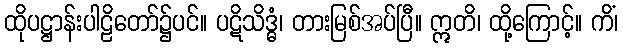
ထိုပဋ္ဌာန်းပါဠိတော်၌ပင်။ ပဋိသိဒ္ဓံ၊ တားမြစ်အပ်ပြီ။ ဣတိ၊ ထို့ကြောင့်။ ကိံ၊